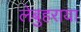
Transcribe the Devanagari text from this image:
लेबुहराया